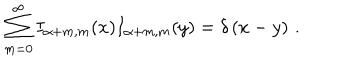
LaTeX: \sum _ { m = 0 } ^ { \infty } I _ { \alpha + m , m } ( x ) I _ { \alpha + m , m } ( y ) = \delta \left( x - y \right) \, .